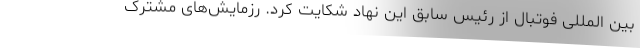
بین المللی فوتبال از رئیس سابق این نهاد شکایت کرد. رزمایش‌های مشترک